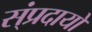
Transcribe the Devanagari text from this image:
स्ंप्रदायों